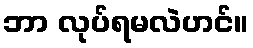
ဘာ လုပ်ရမလဲဟင်။